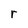
Character: r